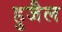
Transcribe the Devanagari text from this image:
हुजैल